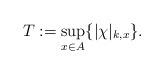
\begin{align*}T:=\underset{x\in A}{\sup}\{|\chi|_{k,x}\}.\end{align*}